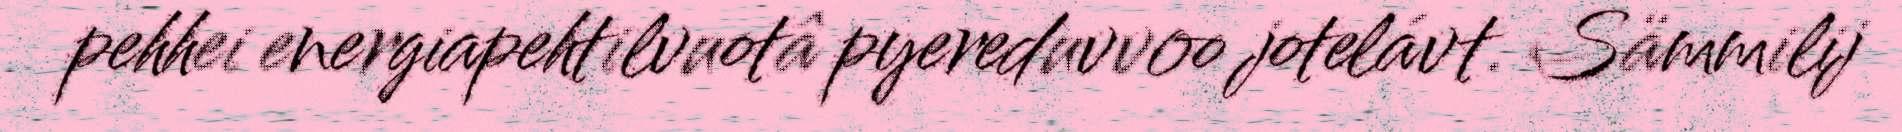
pehhei energiapehtilvuotâ pyereduvvoo jotelávt. Sämmilij